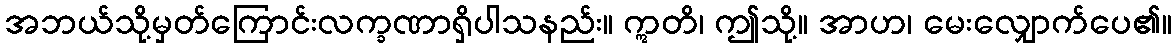
အဘယ်သို့မှတ်ကြောင်းလက္ခဏာရှိပါသနည်း။ ဣတိ၊ ဤသို့။ အာဟ၊ မေးလျှောက်ပေ၏။